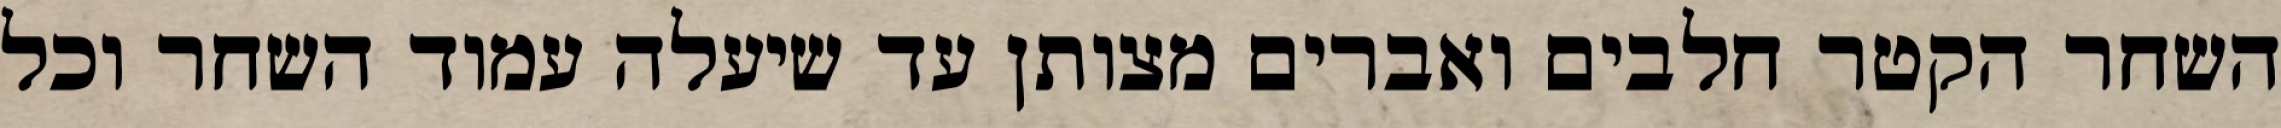
השחר הקטר חלבים ואברים מצותן עד שיעלה עמוד השחר וכל